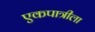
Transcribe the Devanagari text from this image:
एकपात्रीला